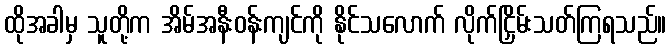
ထိုအခါမှ သူတို့က အိမ်အနီးဝန်းကျင်ကို နိုင်သလောက် လိုက်ငြှိမ်းသတ်ကြရသည်။